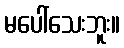
မပေါ်သေးဘူး။